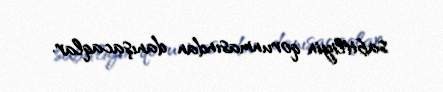
sabitliyin qorunmasından danışacaqlar.